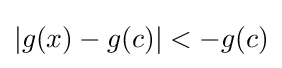
|g(x)-g(c)|<-g(c)